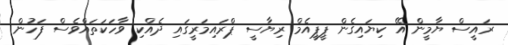
ރައީސް ޔާމީން އޭ ކިޔައިގެން ޕީޕީއެމް ރިޔާސީ ޕްރައިމަރީގައި ދެއްކި ވާހަކަތައްވެސް ފަހުން